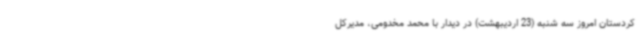
کردستان امروز سه شنبه (23 اردیبهشت) در دیدار با محمد مخدومی، مدیرکل